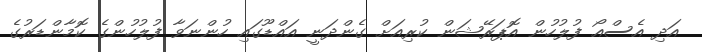
އަދި އެސްއޯ ފުލުހުން އޮޕަރޭޝަން ކުރިއަށް ގެންދަނީ އައްޑޫގައި ހުންނަވާ ފުލުހުންގެ ކޮމާންޑަރުގެ